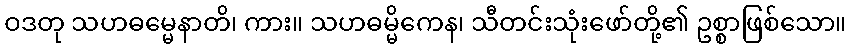
ဝဒတု သဟဓမ္မေနာတိ၊ ကား။ သဟဓမ္မိကေန၊ သီတင်းသုံးဖော်တို့၏ ဥစ္စာဖြစ်သော။